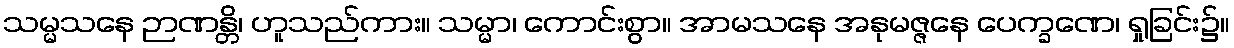
သမ္မသနေ ဉာဏန္တိ၊ ဟူသည်ကား။ သမ္မာ၊ ကောင်းစွာ။ အာမသနေ အနုမဇ္ဇနေ ပေက္ခဏေ၊ ရှုခြင်း၌။